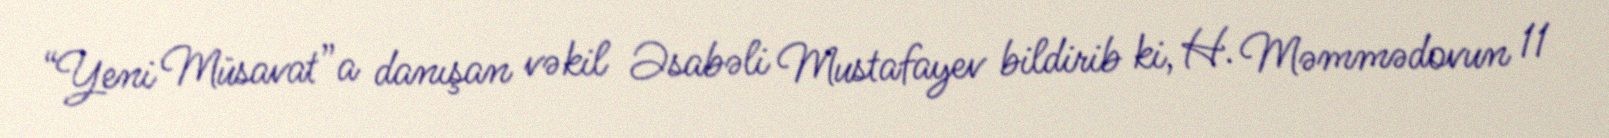
“Yeni Müsavat”a danışan vəkil Əsabəli Mustafayev bildirib ki, H. Məmmədovun 11